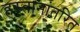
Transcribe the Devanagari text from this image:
हस्तानांतरित